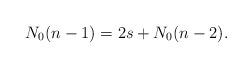
LaTeX: \begin{align*}N_0(n-1) = 2 s + N_0(n-2).\end{align*}